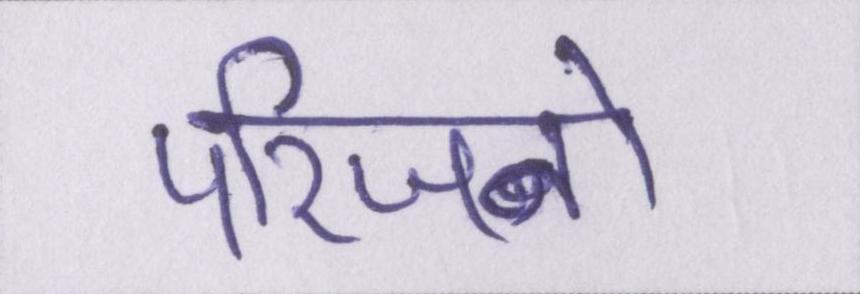
परिजनों